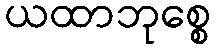
ယထာဘုစ္စေ